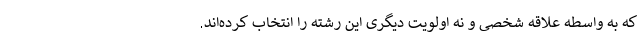
که به‌ واسطه علاقه شخصی و نه اولویت دیگری این رشته را انتخاب کرده‌اند.